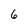
Character: 6